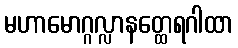
မဟာမောဂ္ဂလ္လာနတ္ထေရဂါထာ